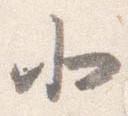
北